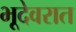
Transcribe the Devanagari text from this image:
भूदेवरात